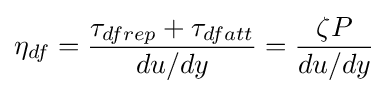
\eta _{df}={\frac {\tau _{dfrep}+\tau _{dfatt}}{du/dy}}={\frac {\zeta P}{du/dy}}